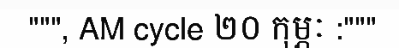
""", AM cycle ២០ កុម្ភៈ :"""